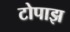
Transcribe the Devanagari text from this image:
टोपाझ